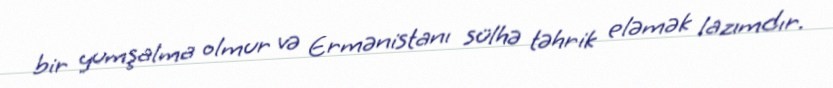
bir yumşalma olmur və Ermənistanı sülhə təhrik eləmək lazımdır.